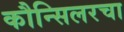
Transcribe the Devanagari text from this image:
कौन्सिलरचा